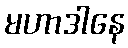
မဟာဒါနေ